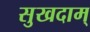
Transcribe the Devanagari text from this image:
सुखदाम्